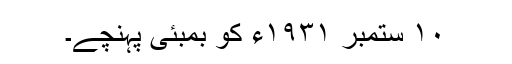
١٠ ستمبر ١٩٣١ء کو بمبئی پہنچے۔